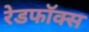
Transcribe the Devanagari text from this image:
रेडफॉक्स